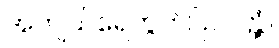
အကျယ်ရေတွက်ပြလတ္တံ့။